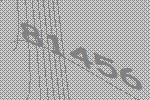
81456